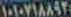
١٠١٠٧١٨٨٩٢٠